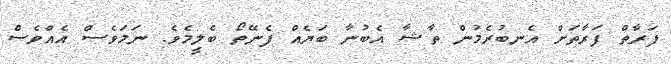
ފަރާތް ފަރާތަށް އެނބުރެމުން ތާޝާ އެބުނާ ބަޔެއް ފެނޭތޯ ބެލީމެވެ. ނަމަވެސް އެއްވެސް